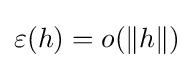
\varepsilon (h)=o(\lVert h\rVert )